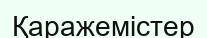
Қаражемістер